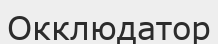
Окклюдатор